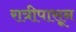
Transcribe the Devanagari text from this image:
रात्रीपासून